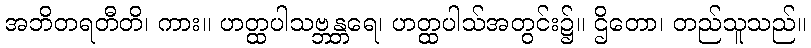
အဘိတရတီတိ၊ ကား။ ဟတ္ထပါသဗ္ဘန္တရေ၊ ဟတ္ထပါသ်အတွင်း၌။ ဌိတော၊ တည်သူသည်။